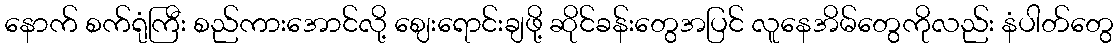
နောက် စက်ရုံကြီး စည်ကားအောင်လို့ ဈေးရောင်းချဖို့ ဆိုင်ခန်းတွေအပြင် လူနေအိမ်တွေကိုလည်း နံပါတ်တွေ